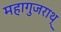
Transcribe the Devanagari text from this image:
महागुजराथ्